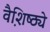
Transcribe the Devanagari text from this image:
वैशि़ष्ठ्ये